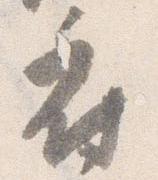
府